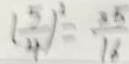
( \frac { 5 } { 4 } ) ^ { 2 } = \frac { 2 5 } { 1 6 }